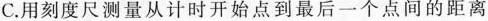
C.用刻度尺测量从计时开始点到最后一个点间的距离